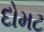
દોમટ